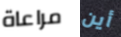
مراعاة أين